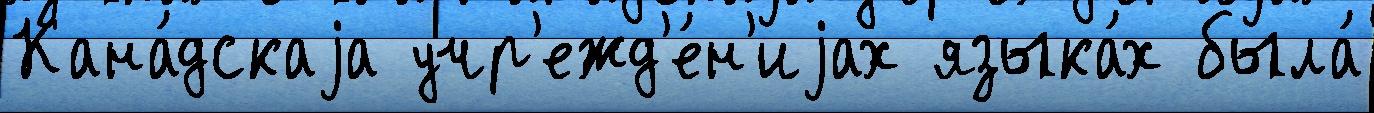
Кана́дскаjа учр'ежд'е́н'иjах языка́х была́